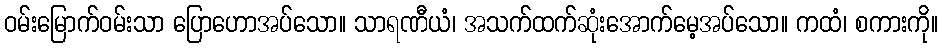
ဝမ်းမြောက်ဝမ်းသာ ပြောဟောအပ်သော။ သာရဏီယံ၊ အသက်ထက်ဆုံးအောက်မေ့အပ်သော။ ကထံ၊ စကားကို။